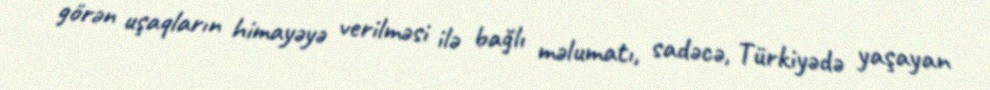
görən uşaqların himayəyə verilməsi ilə bağlı məlumatı, sadəcə, Türkiyədə yaşayan